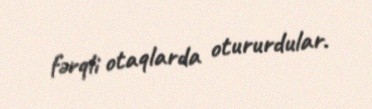
fərqli otaqlarda otururdular.